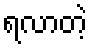
ရလာတဲ့